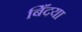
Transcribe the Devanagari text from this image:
बिँदया